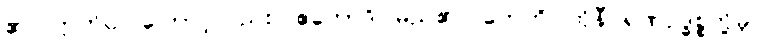
၏။ ဣတိဝါ၊ ကြောင့်လည်း။ ဧကောဒိ၊ မည်၏။ တေဟိ၊ ထိုနီဝရဏဥဒ္ဓစ္စတို့မှ။